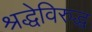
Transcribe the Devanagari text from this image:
श्रद्धेविरुद्ध